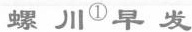
螺川^{①}早发